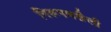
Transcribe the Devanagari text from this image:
निरूपणशैली